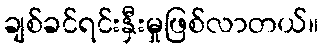
ချစ်ခင်ရင်းနှီးမှုဖြစ်လာတယ်။